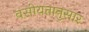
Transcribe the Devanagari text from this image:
वसीयतानुसार